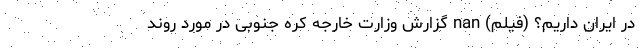
در ایران داریم؟ (فیلم) nan گزارش وزارت خارجه کره جنوبی در مورد روند